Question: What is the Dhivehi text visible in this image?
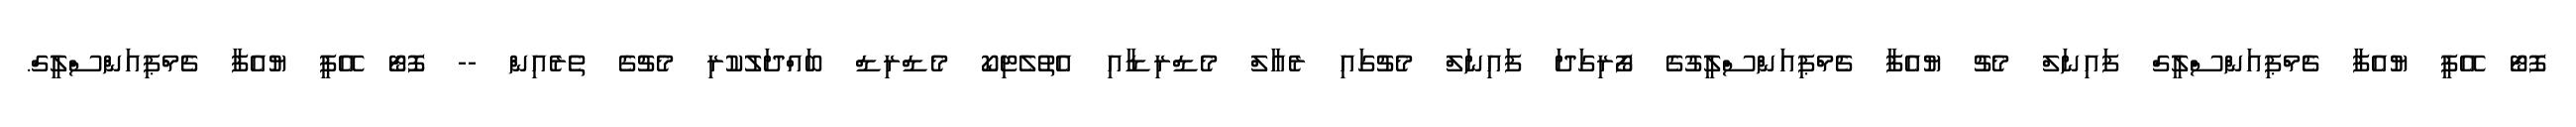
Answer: ފޮޓޯ އޭޕީ ޔުއެފާ ޗެމްޕިއަންސްލީގް ފައިނަލް މެޗު ޔުއެފާ ޗެމްޕިއަންސްލީގުގެ ފޯރިގަދަ ފައިނަލް މެޗުގައި ރެއާލް މެޑްރިޑާއި އެތުލެޓިކޯ މެޑްރިޑް ބައްދަލުކުރި މެޗުގެ ތެރެއިން -- ފޮޓޯ އޭޕީ ޔުއެފާ ޗެމްޕިއަންސްލީގް.